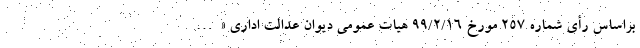
براساس رأی شماره ۲۵۷ مورخ ۹۹/۲/۱۶ هیات عمومی دیوان عدالت اداری «…